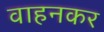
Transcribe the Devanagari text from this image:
वाहनकर